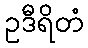
ဥဒီရိတံ